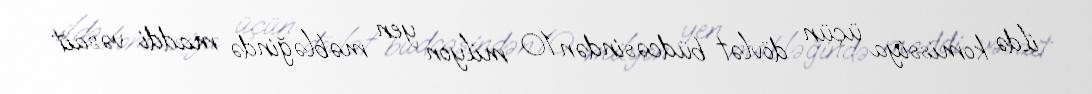
ildə komissiya üçün dövlət büdcəsindən 10 milyon yen məbləğində maddi vəsait